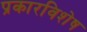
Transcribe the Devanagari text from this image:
प्रकारविशेष